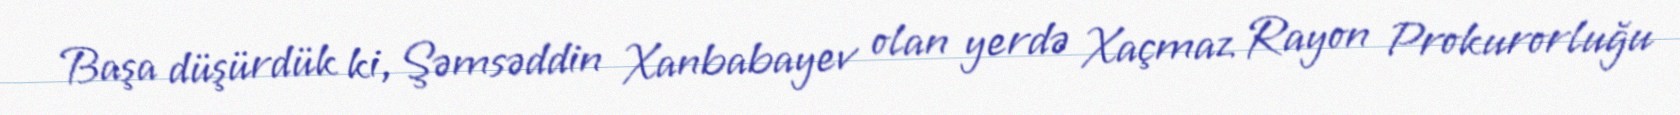
Başa düşürdük ki, Şəmsəddin Xanbabayev olan yerdə Xaçmaz Rayon Prokurorluğu